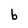
Character: b